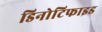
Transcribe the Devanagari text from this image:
डिनोटिफाइड